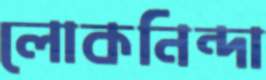
লোকনিন্দা